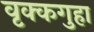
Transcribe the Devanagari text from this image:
वृक्कगुहा